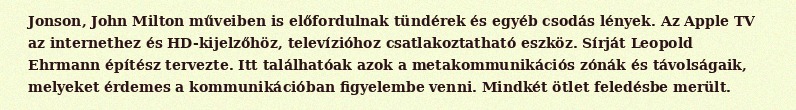
Jonson, John Milton műveiben is előfordulnak tündérek és egyéb csodás lények. Az Apple TV az internethez és HD-kijelzőhöz, televízióhoz csatlakoztatható eszköz. Sírját Leopold Ehrmann építész tervezte. Itt találhatóak azok a metakommunikációs zónák és távolságaik, melyeket érdemes a kommunikációban figyelembe venni. Mindkét ötlet feledésbe merült.